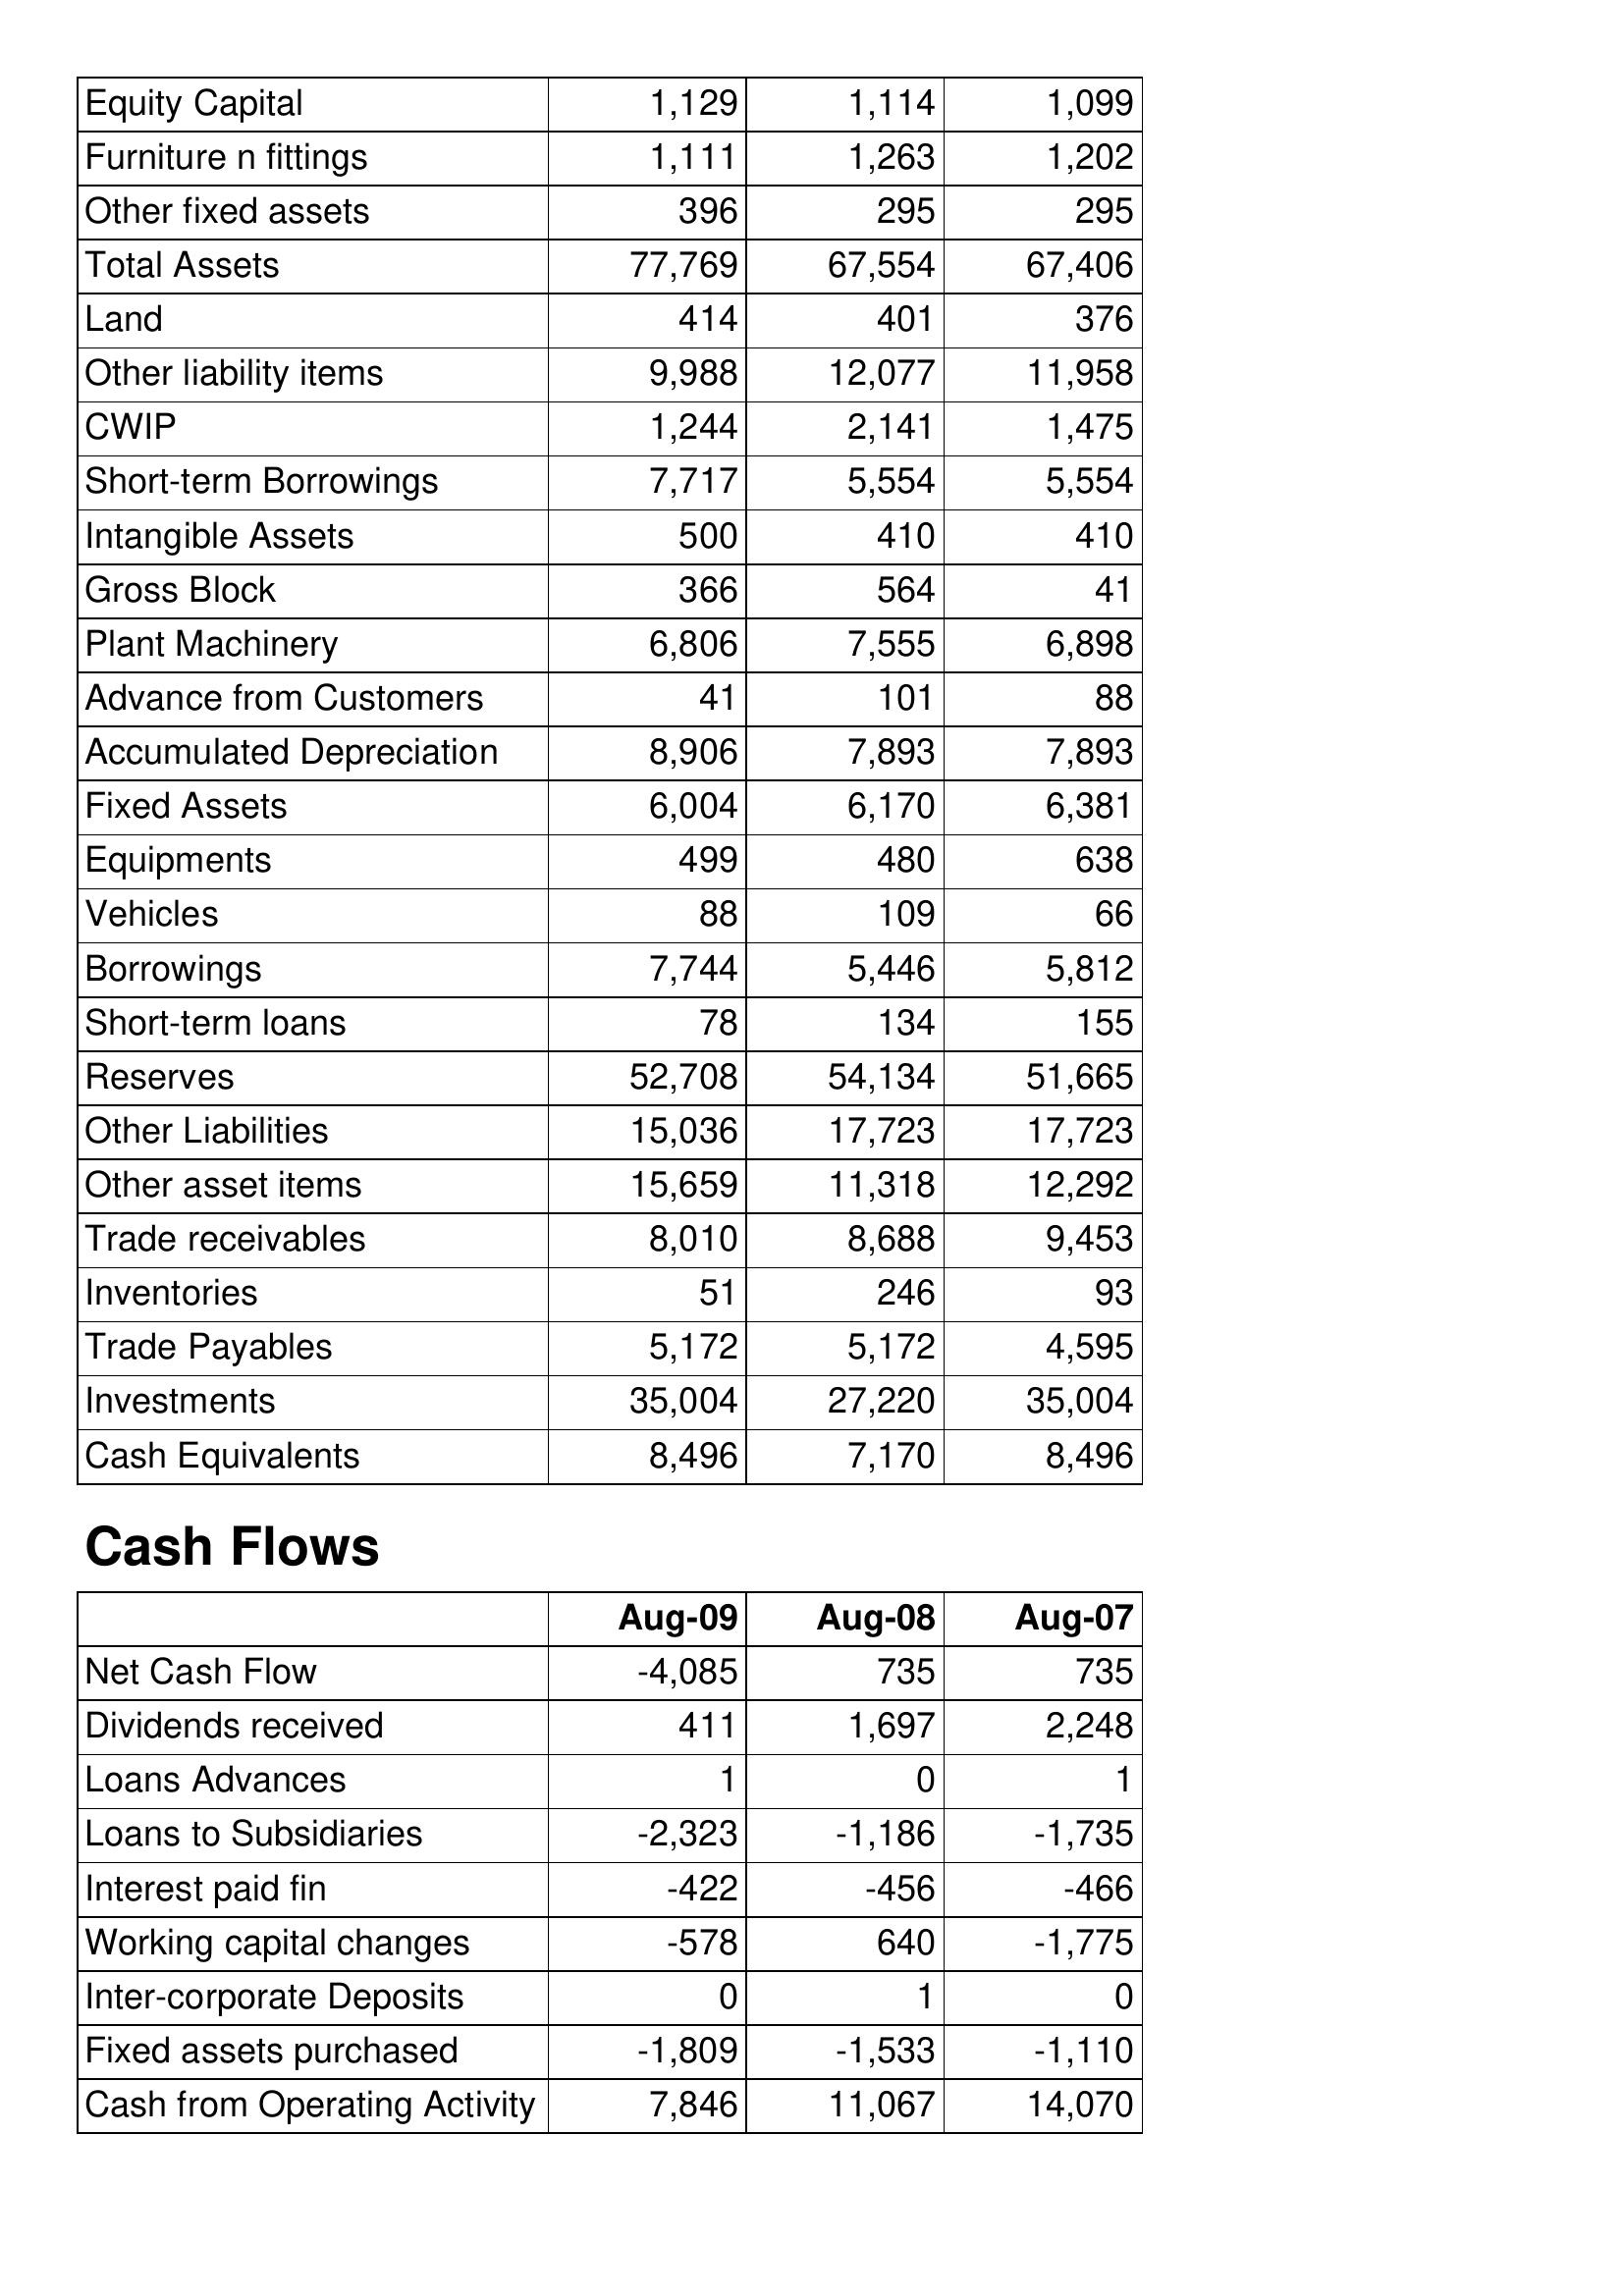
Aug-09: Balance Sheet: Equity Capital: 1,129
Furniture n fittings: 1,111
Other fixed assets: 396
Total Assets: 77,769
Land: 414
Other liability items: 9,988
CWIP: 1,244
Short-term Borrowings: 7,717
Intangible Assets: 500
Gross Block: 366
Plant Machinery: 6,806
Advance from Customers: 41
Accumulated Depreciation: 8,906
Fixed Assets: 6,004
Equipments: 499
Vehicles: 88
Borrowings: 7,744
Short-term loans: 78
Reserves: 52,708
Other Liabilities: 15,036
Other asset items: 15,659
Trade receivables: 8,010
Inventories: 51
Trade Payables: 5,172
Investments: 35,004
Cash Equivalents: 8,496
Cash Flows: Net Cash Flow: -4,085
Dividends received: 411
Loans Advances: 1
Loans to Subsidiaries: -2,323
Interest paid fin: -422
Working capital changes: -578
Inter-corporate Deposits: 0
Fixed assets purchased: -1,809
Cash from Operating Activity: 7,846
Aug-08: Balance Sheet: Equity Capital: 1,114
Furniture n fittings: 1,263
Other fixed assets: 295
Total Assets: 67,554
Land: 401
Other liability items: 12,077
CWIP: 2,141
Short-term Borrowings: 5,554
Intangible Assets: 410
Gross Block: 564
Plant Machinery: 7,555
Advance from Customers: 101
Accumulated Depreciation: 7,893
Fixed Assets: 6,170
Equipments: 480
Vehicles: 109
Borrowings: 5,446
Short-term loans: 134
Reserves: 54,134
Other Liabilities: 17,723
Other asset items: 11,318
Trade receivables: 8,688
Inventories: 246
Trade Payables: 5,172
Investments: 27,220
Cash Equivalents: 7,170
Cash Flows: Net Cash Flow: 735
Dividends received: 1,697
Loans Advances: 0
Loans to Subsidiaries: -1,186
Interest paid fin: -456
Working capital changes: 640
Inter-corporate Deposits: 1
Fixed assets purchased: -1,533
Cash from Operating Activity: 11,067
Aug-07: Balance Sheet: Equity Capital: 1,099
Furniture n fittings: 1,202
Other fixed assets: 295
Total Assets: 67,406
Land: 376
Other liability items: 11,958
CWIP: 1,475
Short-term Borrowings: 5,554
Intangible Assets: 410
Gross Block: 41
Plant Machinery: 6,898
Advance from Customers: 88
Accumulated Depreciation: 7,893
Fixed Assets: 6,381
Equipments: 638
Vehicles: 66
Borrowings: 5,812
Short-term loans: 155
Reserves: 51,665
Other Liabilities: 17,723
Other asset items: 12,292
Trade receivables: 9,453
Inventories: 93
Trade Payables: 4,595
Investments: 35,004
Cash Equivalents: 8,496
Cash Flows: Net Cash Flow: 735
Dividends received: 2,248
Loans Advances: 1
Loans to Subsidiaries: -1,735
Interest paid fin: -466
Working capital changes: -1,775
Inter-corporate Deposits: 0
Fixed assets purchased: -1,110
Cash from Operating Activity: 14,070